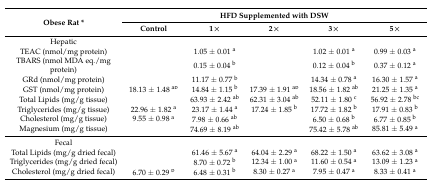
<table><thead><tr><td rowspan="2"><b>Obese Rat *</b></td><td colspan="5"><b>HFD Supplemented with DSW</b></td></tr><tr><td><b>Control</b></td><td><b>1×</b></td><td><b>2×</b></td><td><b>3×</b></td><td><b>5×</b></td></tr></thead><tbody><tr><td>Hepatic</td><td>[EMPTY_CELL]</td><td>[EMPTY_CELL]</td><td>[EMPTY_CELL]</td><td>[EMPTY_CELL]</td><td>[EMPTY_CELL]</td></tr><tr><td>TEAC (nmol/mg protein)</td><td>[EMPTY_CELL]</td><td>1.05 ± 0.01 <sup>a</sup></td><td>[EMPTY_CELL]</td><td>1.02 ± 0.01 <sup>a</sup></td><td>0.99 ± 0.03 <sup>a</sup></td></tr><tr><td>TBARS (nmol MDA eq./mg protein)</td><td>[EMPTY_CELL]</td><td>0.15 ± 0.04 <sup>b</sup></td><td>[EMPTY_CELL]</td><td>0.12 ± 0.04 <sup>b</sup></td><td>0.37 ± 0.12 <sup>a</sup></td></tr><tr><td>GRd (nmol/mg protein)</td><td>[EMPTY_CELL]</td><td>11.17 ± 0.77 <sup>b</sup></td><td>[EMPTY_CELL]</td><td>14.34 ± 0.78 <sup>a</sup></td><td>16.30 ± 1.57 <sup>a</sup></td></tr><tr><td>GST (nmol/mg protein)</td><td>18.13 ± 1.48 <sup>ab</sup></td><td>14.84 ± 1.15 <sup>b</sup></td><td>17.39 ± 1.91 <sup>ab</sup></td><td>18.56 ± 1.82 <sup>ab</sup></td><td>21.25 ± 1.35 <sup>a</sup></td></tr><tr><td>Total Lipids (mg/g tissue)</td><td>[EMPTY_CELL]</td><td>63.93 ± 2.42 <sup>ab</sup></td><td>62.31 ± 3.04 <sup>ab</sup></td><td>52.11 ± 1.80 <sup>c</sup></td><td>56.92 ± 2.78 <sup>bc</sup></td></tr><tr><td>Triglycerides (mg/g tissue)</td><td>22.96 ± 1.82 <sup>a</sup></td><td>23.17 ± 1.44 <sup>a</sup></td><td>17.24 ± 1.85 <sup>b</sup></td><td>17.72 ± 1.82 <sup>b</sup></td><td>17.91 ± 0.83 <sup>b</sup></td></tr><tr><td>Cholesterol (mg/g tissue)</td><td>9.55 ± 0.98 <sup>a</sup></td><td>7.98 ± 0.66 <sup>ab</sup></td><td>[EMPTY_CELL]</td><td>6.50 ± 0.68 <sup>b</sup></td><td>6.77 ± 0.85 <sup>b</sup></td></tr><tr><td>Magnesium (mg/g tissue)</td><td>[EMPTY_CELL]</td><td>74.69 ± 8.19 <sup>ab</sup></td><td>[EMPTY_CELL]</td><td>75.42 ± 5.78 <sup>ab</sup></td><td>85.81 ± 5.49 <sup>a</sup></td></tr><tr><td>Fecal</td><td>[EMPTY_CELL]</td><td>[EMPTY_CELL]</td><td>[EMPTY_CELL]</td><td>[EMPTY_CELL]</td><td>[EMPTY_CELL]</td></tr><tr><td>Total Lipids (mg/g dried fecal)</td><td>[EMPTY_CELL]</td><td>61.46 ± 5.67 <sup>a</sup></td><td>64.04 ± 2.29 <sup>a</sup></td><td>68.22 ± 1.50 <sup>a</sup></td><td>63.62 ± 3.08 <sup>a</sup></td></tr><tr><td>Triglycerides (mg/g dried fecal)</td><td>[EMPTY_CELL]</td><td>8.70 ± 0.72 <sup>b</sup></td><td>12.34 ± 1.00 <sup>a</sup></td><td>11.60 ± 0.54 <sup>a</sup></td><td>13.09 ± 1.23 <sup>a</sup></td></tr><tr><td>Cholesterol (mg/g dried fecal)</td><td>6.70 ± 0.29 <sup>b</sup></td><td>6.48 ± 0.31 <sup>b</sup></td><td>8.30 ± 0.27 <sup>a</sup></td><td>7.95 ± 0.47 <sup>a</sup></td><td>8.33 ± 0.41 <sup>a</sup></td></tr></tbody></table>